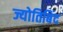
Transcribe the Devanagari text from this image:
ज्योतिबिंद